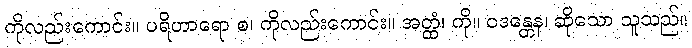
ကိုလည်းကောင်း။ ပရိဟာရော စ၊ ကိုလည်းကောင်း။ အတ္ထံ၊ ကို။ ဝဒန္တေန၊ ဆိုသော သူသည်။